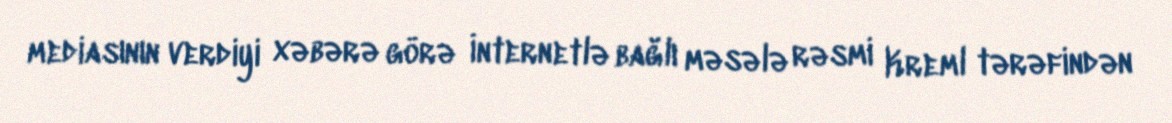
mediasının verdiyi xəbərə görə İnternetlə bağlı məsələ rəsmi Kreml tərəfindən